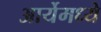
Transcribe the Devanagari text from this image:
आर्येमध्ये